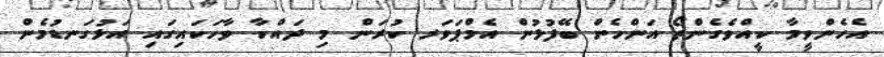
އެހެންވީމާ ކީއްވެގެންތޯ އަންހެން ބޭފުޅުން އެމްޕަވަރ ކުރަން މި ދައްކާ ވާހަކައިގައި އަޅުގަނޑުމެން